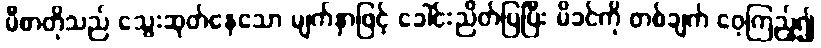
မီစာတိုသည် သွေးဆုတ်နေသော မျက်နှာဖြင့် ခေါင်းညိတ်ပြပြီး မိခင်ကို တစ်ချက် ဝေ့ကြည့်၍